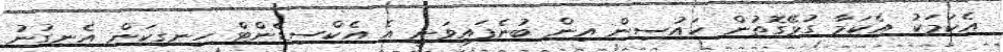
އެކަމަކު އެކަމާ ގުޅޭގޮތުން ހައުސިން އިން ބުނެފައިވަނީ އެ އެކްސިޑެންޓް ހިނގިކަން އެނގުނު